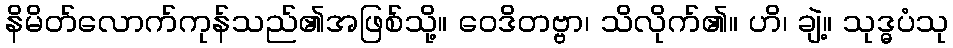
နိမိတ်လောက်ကုန်သည်၏အဖြစ်သို့။ ဝေဒိတဗ္ဗာ၊ သိလိုက်၏။ ဟိ၊ ချဲ့။ သုဒ္ဓပံသု